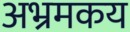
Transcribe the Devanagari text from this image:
अभ्रमकय